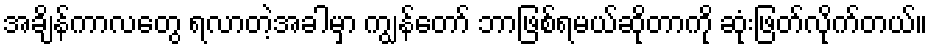
အချိန်ကာလတွေ ရလာတဲ့အခါမှာ ကျွန်တော် ဘာဖြစ်ရမယ်ဆိုတာကို ဆုံးဖြတ်လိုက်တယ်။